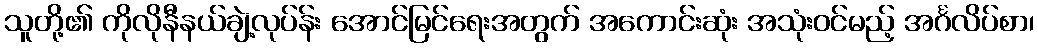
သူတို့၏ ကိုလိုနီနယ်ချဲ့လုပ်န်း အောင်မြင်ရေးအတွက် အကောင်းဆုံး အသုံးဝင်မည့် အင်္ဂလိပ်စာ၊